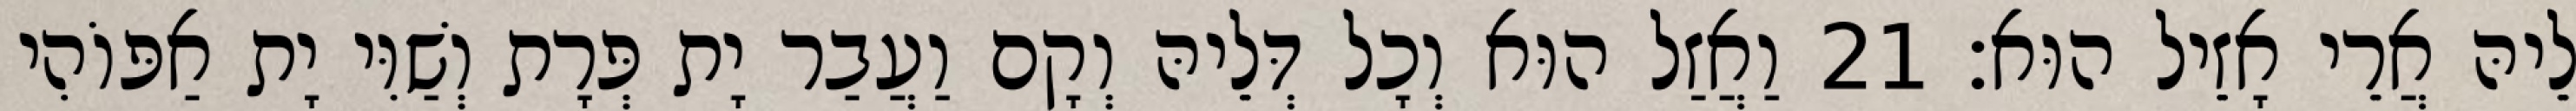
לֵיהּ אֲרֵי אָזֵיל הוּא׃ 21 וַאֲזַל הוּא וְכָל דְּלֵיהּ וְקָם וַעֲבַר יָת פְּרָת וְשַׁוִּי יָת אַפּוֹהִי